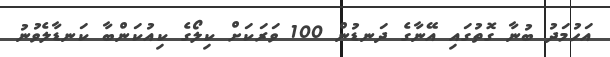
އަހުމަދު ބުނާ ގޮތުގައި އޭނާގެ ދަނޑުން 100 ވަރަކަށް ކިލޯގެ ކިއުކަންބާ ކަނޑާލެވުނު